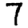
Digit: 7